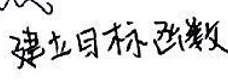
建立目标函数